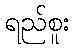
ရည်စူး